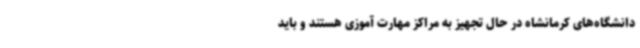
دانشگاه‌های کرمانشاه در حال تجهیز به مراکز مهارت آموزی هستند و باید